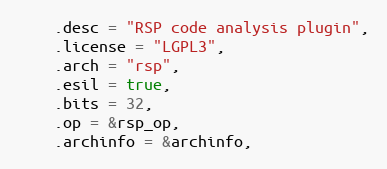
Language: C
	.desc = "RSP code analysis plugin",
	.license = "LGPL3",
	.arch = "rsp",
	.esil = true,
	.bits = 32,
	.op = &rsp_op,
	.archinfo = &archinfo,